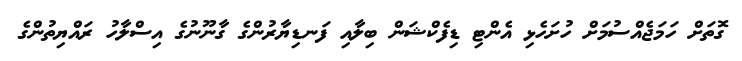
ގޮތަށް ހަމަޖެއްސުމަށް ހުށަހެޅި އެންޓި ޑިފެކްޝަން ބިލާއި ފަނޑިޔާރުންގެ ގާނޫނުގެ އިސްލާހު ރައްޔިތުންގެ